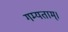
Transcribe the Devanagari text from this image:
गम्यताम्।